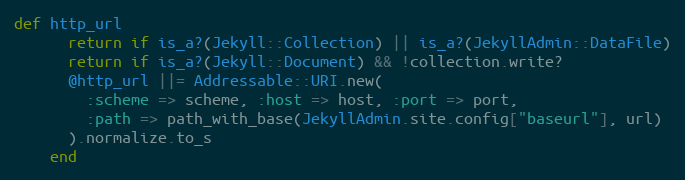
Language: Ruby
def http_url
      return if is_a?(Jekyll::Collection) || is_a?(JekyllAdmin::DataFile)
      return if is_a?(Jekyll::Document) && !collection.write?
      @http_url ||= Addressable::URI.new(
        :scheme => scheme, :host => host, :port => port,
        :path => path_with_base(JekyllAdmin.site.config["baseurl"], url)
      ).normalize.to_s
    end